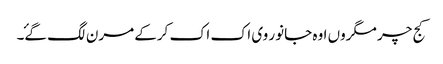
کج چر مگروں اوہ جانور وی اک اک کرکے مرن لگ گۓ۔